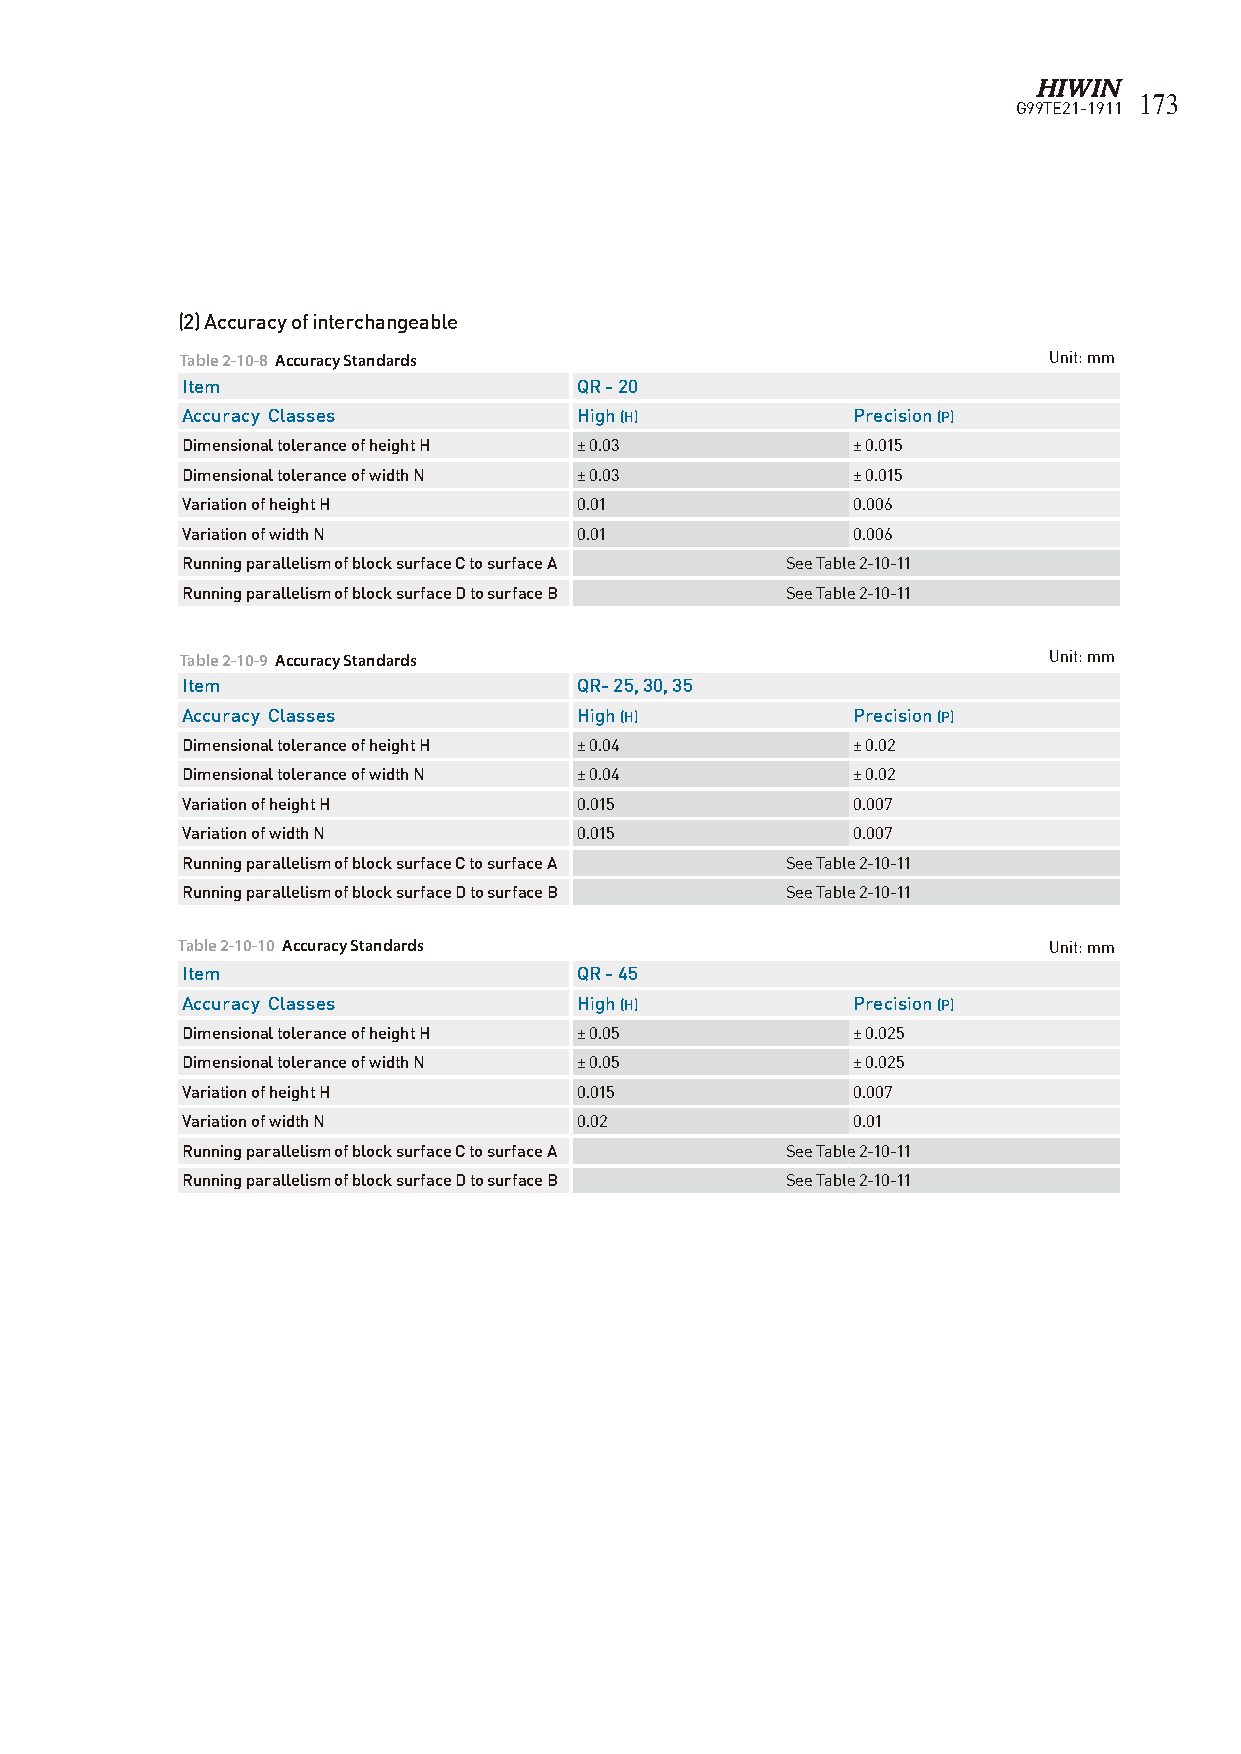
173
 G99TE21-1911
 (2) Accuracy of interchangeable
 Table 2-10-8 Accuracy Standards                          Unit: mm
 Item                      QR - 20
 Accuracy Classes          High (H)          Precision (P)
 Dimensional tolerance of height H ± 0.03    ± 0.015
 Dimensional tolerance of width N ± 0.03     ± 0.015
 Variation of height H     0.01              0.006
 Variation of width N      0.01              0.006
 Running parallelism of block surface C to surface A See Table 2-10-11
 Running parallelism of block surface D to surface B See Table 2-10-11
 Table 2-10-9 Accuracy Standards                          Unit: mm
 Item                      QR- 25, 30, 35
 Accuracy Classes          High (H)          Precision (P)
 Dimensional tolerance of height H ± 0.04    ± 0.02
 Dimensional tolerance of width N ± 0.04     ± 0.02
 Variation of height H     0.015             0.007
 Variation of width N      0.015             0.007
 Running parallelism of block surface C to surface A See Table 2-10-11
 Running parallelism of block surface D to surface B See Table 2-10-11
 Table 2-10-10 Accuracy Standards                         Unit: mm
 Item                      QR - 45
 Accuracy Classes          High (H)          Precision (P)
 Dimensional tolerance of height H ± 0.05    ± 0.025
 Dimensional tolerance of width N ± 0.05     ± 0.025
 Variation of height H     0.015             0.007
 Variation of width N      0.02              0.01
 Running parallelism of block surface C to surface A See Table 2-10-11
 Running parallelism of block surface D to surface B See Table 2-10-11